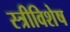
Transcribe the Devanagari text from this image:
स्त्रीविशेष